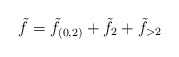
\begin{align*}\tilde{f} = \tilde{f}_{(0,2)} +\tilde{f}_2 +\tilde{f}_{>2}\end{align*}